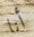
أنا